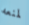
لمنعه